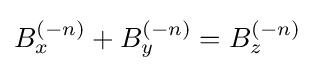
B_{x}^{(-n)}+B_{y}^{(-n)}=B_{z}^{(-n)}